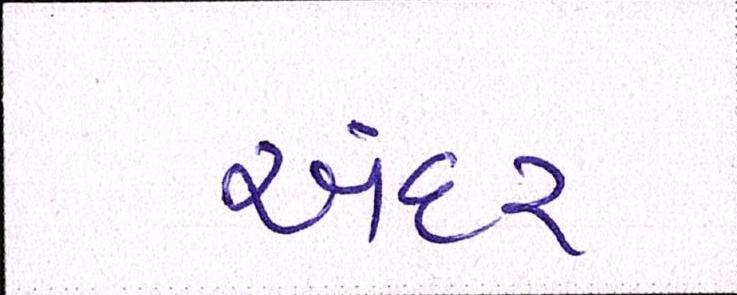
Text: અંદર